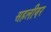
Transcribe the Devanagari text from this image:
सहलीवर